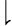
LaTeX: \downharpoonright